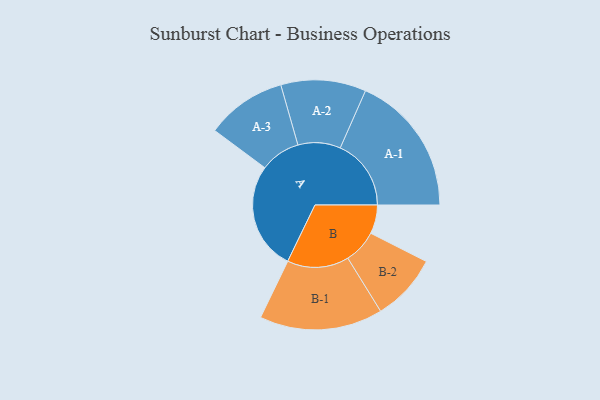
{"axis": {"x": "Segment", "y": "Value"}, "legend": ["", "A", "B"], "data": [{"x": "A", "y": 446, "type": ""}, {"x": "B", "y": 119, "type": ""}, {"x": "A-1", "y": 293, "type": "A"}, {"x": "A-2", "y": 176, "type": "A"}, {"x": "A-3", "y": 166, "type": "A"}, {"x": "B-1", "y": 255, "type": "B"}, {"x": "B-2", "y": 139, "type": "B"}]}